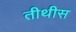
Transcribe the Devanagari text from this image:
तीथीस